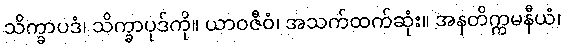
သိက္ခာပဒံ၊ သိက္ခာပုဒ်ကို။ ယာဝဇီဝံ၊ အသက်ထက်ဆုံး။ အနတိက္ကမနီယံ၊